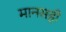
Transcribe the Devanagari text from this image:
मानसही